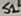
Text: S1